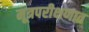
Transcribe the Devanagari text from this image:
मूत्रपरीक्षणात